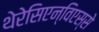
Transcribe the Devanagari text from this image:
थेरेसिएन्विएस्से